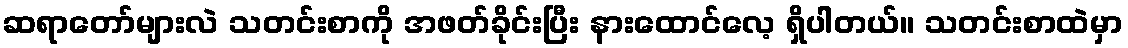
ဆရာတော်များလဲ သတင်းစာကို အဖတ်ခိုင်းပြီး နားထောင်လေ့ ရှိပါတယ်။ သတင်းစာထဲမှာ